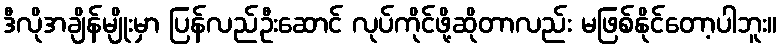
ဒီလိုအချိန်မျိုးမှာ ပြန်လည်ဦးဆောင် လုပ်ကိုင်ဖို့ဆိုတာလည်း မဖြစ်နိုင်တော့ပါဘူး။